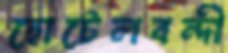
হোটেলবন্দী